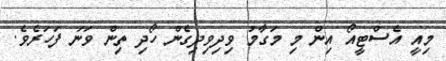
މިއީ އެސްޓީއޯ އިން މި މަގާމު ވިދިވިދިގެން ހޯދި ތިން ވަނަ ފަހަރެވެ.